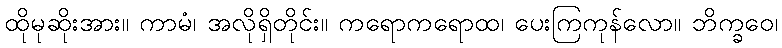
ထိုမုဆိုးအား။ ကာမံ၊ အလိုရှိတိုင်း။ ကရောကရောထ၊ ပေးကြကုန်လော။ ဘိက္ခဝေ၊